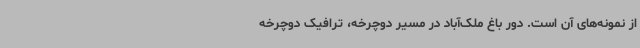
از نمونه‌های آن است. دور باغ ملک‌آباد در مسیر دوچرخه، ترافیک دوچرخه